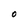
Character: O